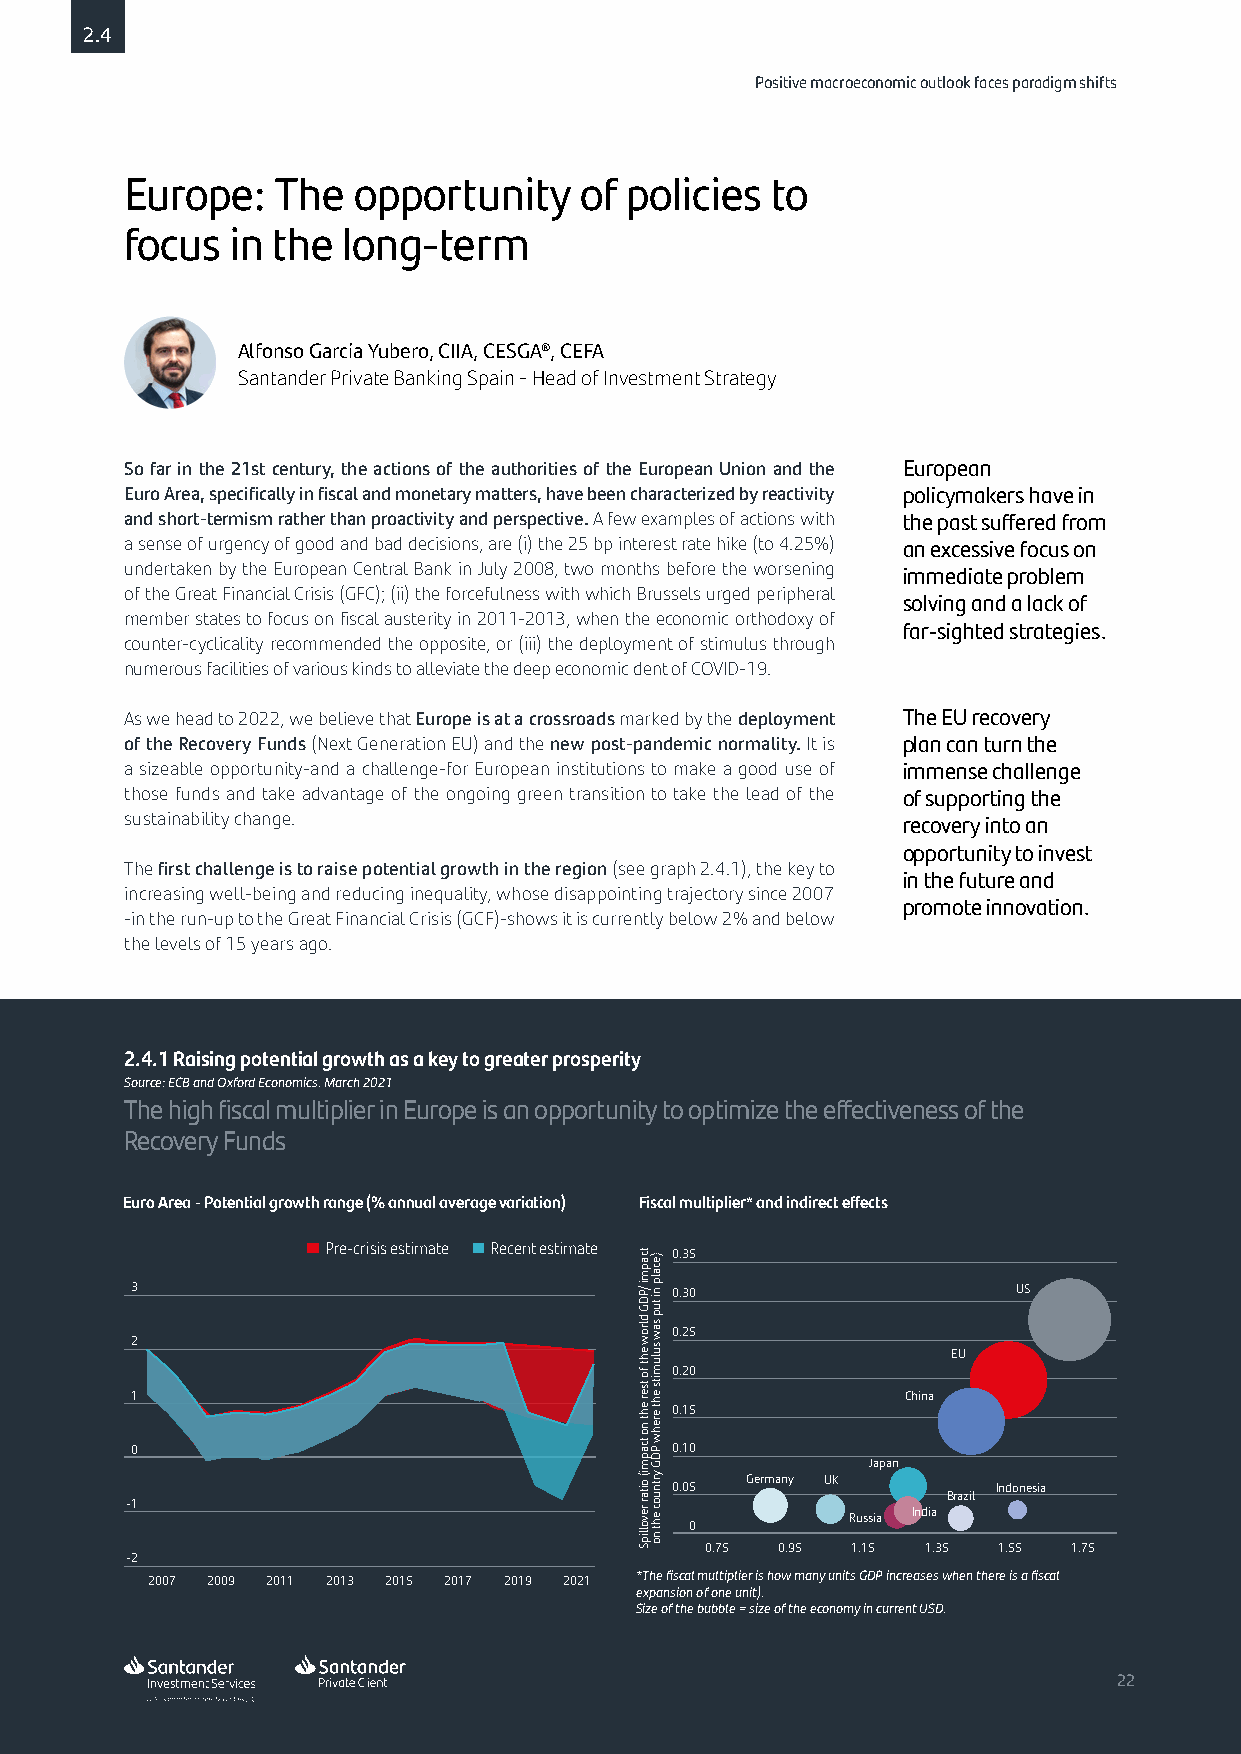
2.4
 Positive macroeconomic outlook faces paradigm shifts
 Europe:   The  opportunity    of policies  to
 focus  in the  long-term
 Alfonso García Yubero, CIIA, CESGA®, CEFA
 Santander Private Banking Spain - Head of Investment Strategy
 So far in the 21st century, the actions of the authorities of the European Union and the European
 Euro Area, specifically in fiscal and monetary matters, have been characterized by reactivity policymakers have in
 and short-termism rather than proactivity and perspective. A few examples of actions with the past suffered from
 a sense of urgency of good and bad decisions, are (i) the 25 bp interest rate hike (to 4.25%) an excessive focus on
 undertaken by the European Central Bank in July 2008, two months before the worsening immediate problem
 of the Great Financial Crisis (GFC); (ii) the forcefulness with which Brussels urged peripheral
 solving and a lack of
 member states to focus on fiscal austerity in 2011-2013, when the economic orthodoxy of
 far-sighted strategies.
 counter-cyclicality recommended the opposite, or (iii) the deployment of stimulus through
 numerous facilities of various kinds to alleviate the deep economic dent of COVID-19.
 As we head to 2022, we believe that Europe is at a crossroads marked by the deployment The EU recovery
 of the Recovery Funds (Next Generation EU) and the new post-pandemic normality. It is plan can turn the
 a sizeable opportunity-and a challenge-for European institutions to make a good use of immense challenge
 those funds and take advantage of the ongoing green transition to take the lead of the of supporting the
 sustainability change.                              recovery into an
 opportunity to invest
 The first challenge is to raise potential growth in the region (see graph 2.4.1), the key to
 in the future and
 increasing well-being and reducing inequality, whose disappointing trajectory since 2007
 promote innovation.
 -in the run-up to the Great Financial Crisis (GCF)-shows it is currently below 2% and below
 the levels of 15 years ago.
 2.4.1 Raising potential growth as a key to greater prosperity
 Source: ECB and Oxford Economics. March 2021
 The high fiscal multiplier in Europe is an opportunity to optimize the effectiveness of the
 Recovery Funds
 Euro Area - Potential growth range (% annual average variation) Fiscal multiplier* and indirect effects
 Pre-crisis estimate Recent estimate 0.35
 3                                  0.30                   US
 0.25
 2                                                     EU
 0.20
 1                                                  China
 0.15
 0                                  0.10
 Japan
 Germany UK 0.05  Indonesia
 Brazil
 -1                                                  India Russia
 0
 0.75 0.95 1.15 1.35 1.55 1.75
 -2
 2007 2009 2011 2013 2015 2017 2019 2021 *The fiscal multiplier is how many units GDP increases when there is a fiscal
 expansion of one unit).
 Size of the bubble = size of the economy in current USD.
 2222
 tcapmi
 /PDG
 dlrow
 eht
 fo
 tser
 eht
 no
 tcapmi(
 oitar
 revollipS
 )ecalp
 ni
 tup
 saw
 sulumits
 eht
 erehw
 PDG
 yrtnuoc
 eht
 no